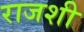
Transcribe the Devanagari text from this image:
राजशी